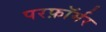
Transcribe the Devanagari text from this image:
परफ़ॉर्मर